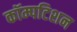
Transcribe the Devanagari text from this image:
कॉम्पटिशन